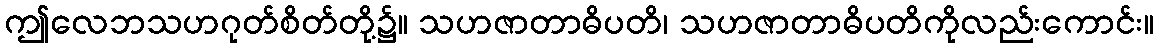
ဤလေဘသဟဂုတ်စိတ်တို့၌။ သဟဇာတာဓိပတိ၊ သဟဇာတာဓိပတိကိုလည်းကောင်း။